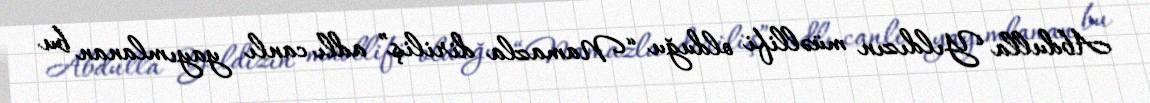
Abdulla Yıldızın müəllifi olduğu “Namazla diriliş” adlı canlı yayımlanan bu